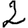
Digit: 2